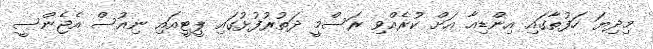
މިދިޔަ ހަފުތާގައި އިންޑިއާ އަށް ކުރެއްވި ރަސްމީ ދަތުރުފުޅުގައި ޕީޓީއައި ނިއުސް އެޖެންސީ